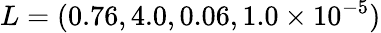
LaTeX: L=(0.76,4.0,0.06,1.0\times 10^{-5})